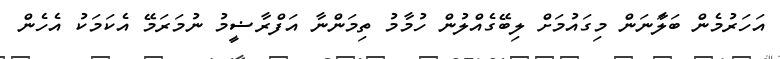
އަހަރުމެން ބަލަާނަން މިގައުމަށް ލިބޭގެއްލުން ހުމާމު ތިމަންނާ އަފްރާޟީމު ނުމަރަމޭ އެކަމަކު އެހެން